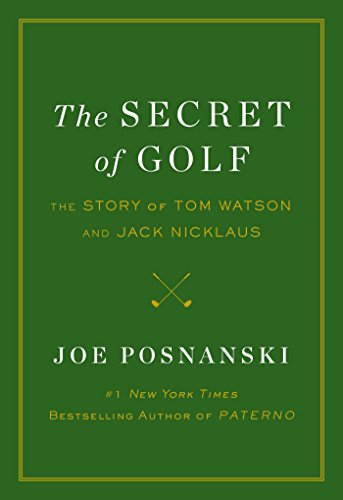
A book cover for The Secret of Golf: The Story of Tom Watson and Jack Nicklaus; Joe Posnanski; Biographies & Memoirs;